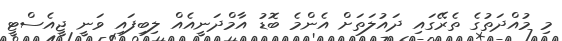
މި މުއްދަތުގެ ތެރޭގައި ދައުލަތަށް އެންމެ ބޮޑު އާމްދަނީއެއް ލިބިފައި ވަނީ ޖީއެސްޓީ